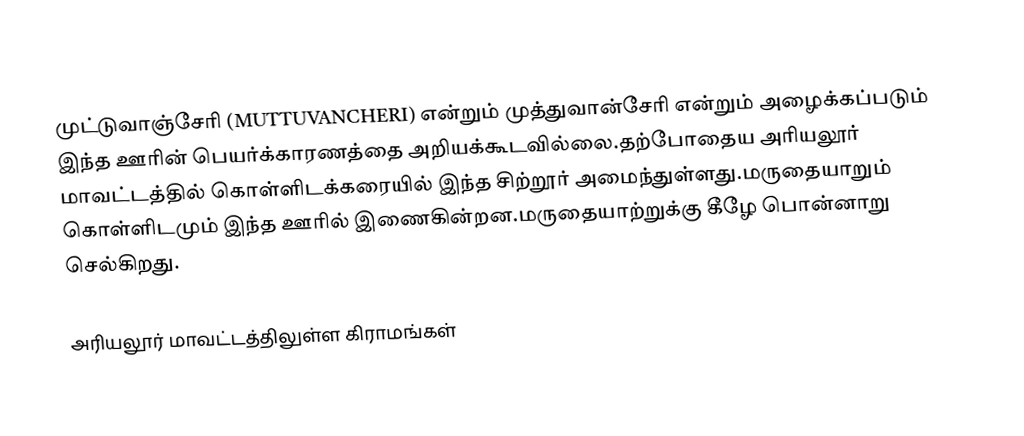
முட்டுவாஞ்சேரி (MUTTUVANCHERI)  என்றும் முத்துவான்சேரி என்றும் அழைக்கப்படும் இந்த ஊரின் பெயர்க்காரணத்தை அறியக்கூடவில்லை.தற்போதைய அரியலூர் மாவட்டத்தில் கொள்ளிடக்கரையில் இந்த சிற்றூர் அமைந்துள்ளது.மருதையாறும் கொள்ளிடமும் இந்த ஊரில் இணைகின்றன.மருதையாற்றுக்கு   கீழே  பொன்னாறு செல்கிறது.

அரியலூர் மாவட்டத்திலுள்ள கிராமங்கள்